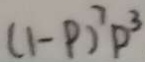
( 1 - P ) ^ { 7 } p ^ { 3 }